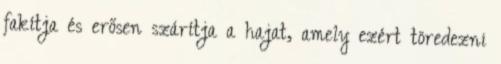
fakítja és erősen szárítja a hajat, amely ezért töredezni